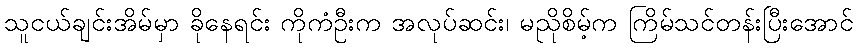
သူငယ်ချင်းအိမ်မှာ ခိုနေရင်း ကိုကံဦးက အလုပ်ဆင်း၊ မညိုစိမ့်က ကြိမ်သင်တန်းပြီးအောင်